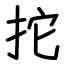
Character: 拕